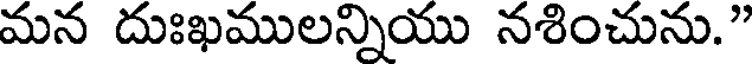
మన దుఃఖములన్నియు నశించును."